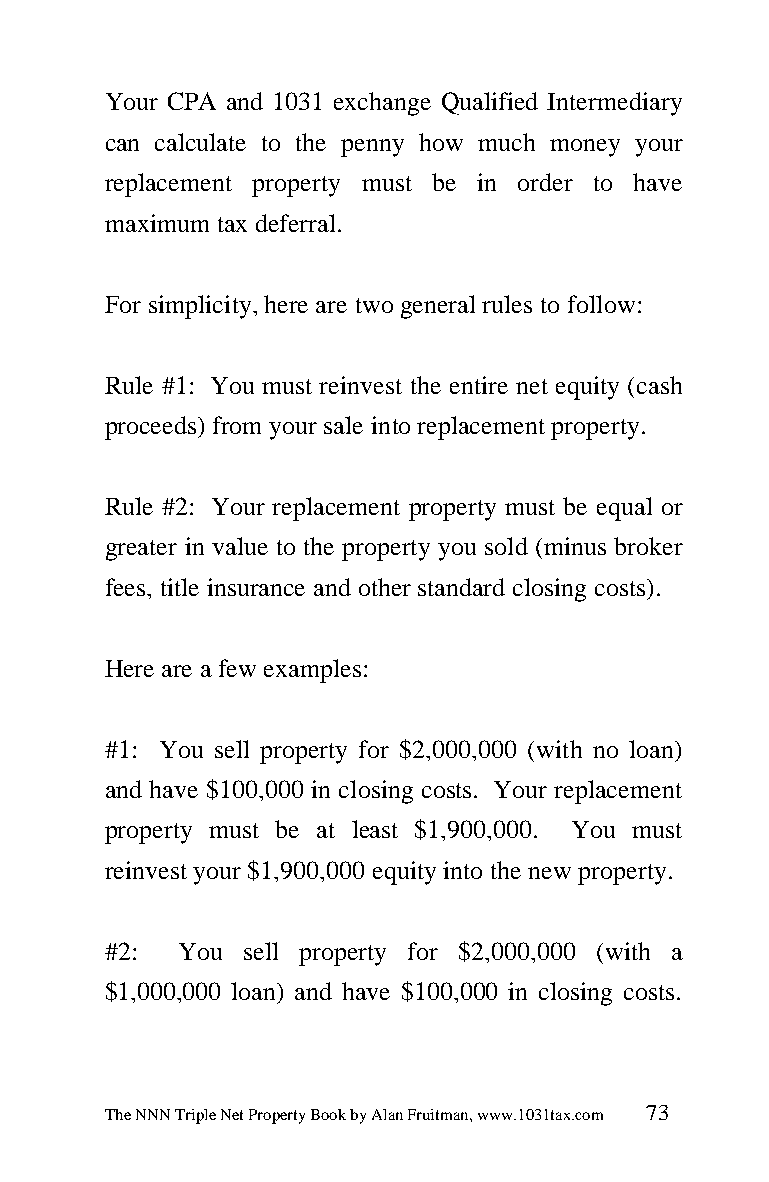
Your CPA and 1031 exchange Qualified Intermediary
 can calculate to the penny how much money your
 replacement property must be in order to have
 maximum tax deferral.
 For simplicity, here are two general rules to follow:
 Rule #1: You must reinvest the entire net equity (cash
 proceeds) from your sale into replacement property.
 Rule #2: Your replacement property must be equal or
 greater in value to the property you sold (minus broker
 fees, title insurance and other standard closing costs).
 Here are a few examples:
 #1: You sell property for $2,000,000 (with no loan)
 and have $100,000 in closing costs. Your replacement
 property must be at least $1,900,000. You must
 reinvest your $1,900,000 equity into the new property.
 #2:  You sell property for $2,000,000 (with a
 $1,000,000 loan) and have $100,000 in closing costs.
 The NNN Triple Net Property Book by Alan Fruitman, www.1031tax.com 73